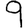
Digit: 9